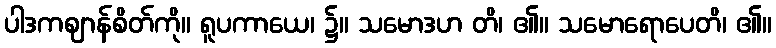
ပါဒကဈာန်စိတ်ကို။ ရူပကာယေ၊ ၌။ သမောဒဟ တိ၊ ၏။ သမောရောပေတိ၊ ၏။